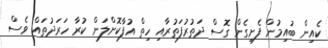
ކެއިން ބުއިމުން ފެށިގެން ގޮސް ދަތުރުފަތުރާއި ހިތް އުފާކޮށްލަން ކުރާ ހަރަދުތައް ވެސް